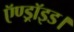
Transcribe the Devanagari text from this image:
ऍण्ड्रॉइड।